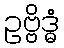
ဥဗ္ဗိဒ္ဓံ